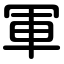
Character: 軍